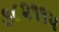
૩૮૨૧૧૫